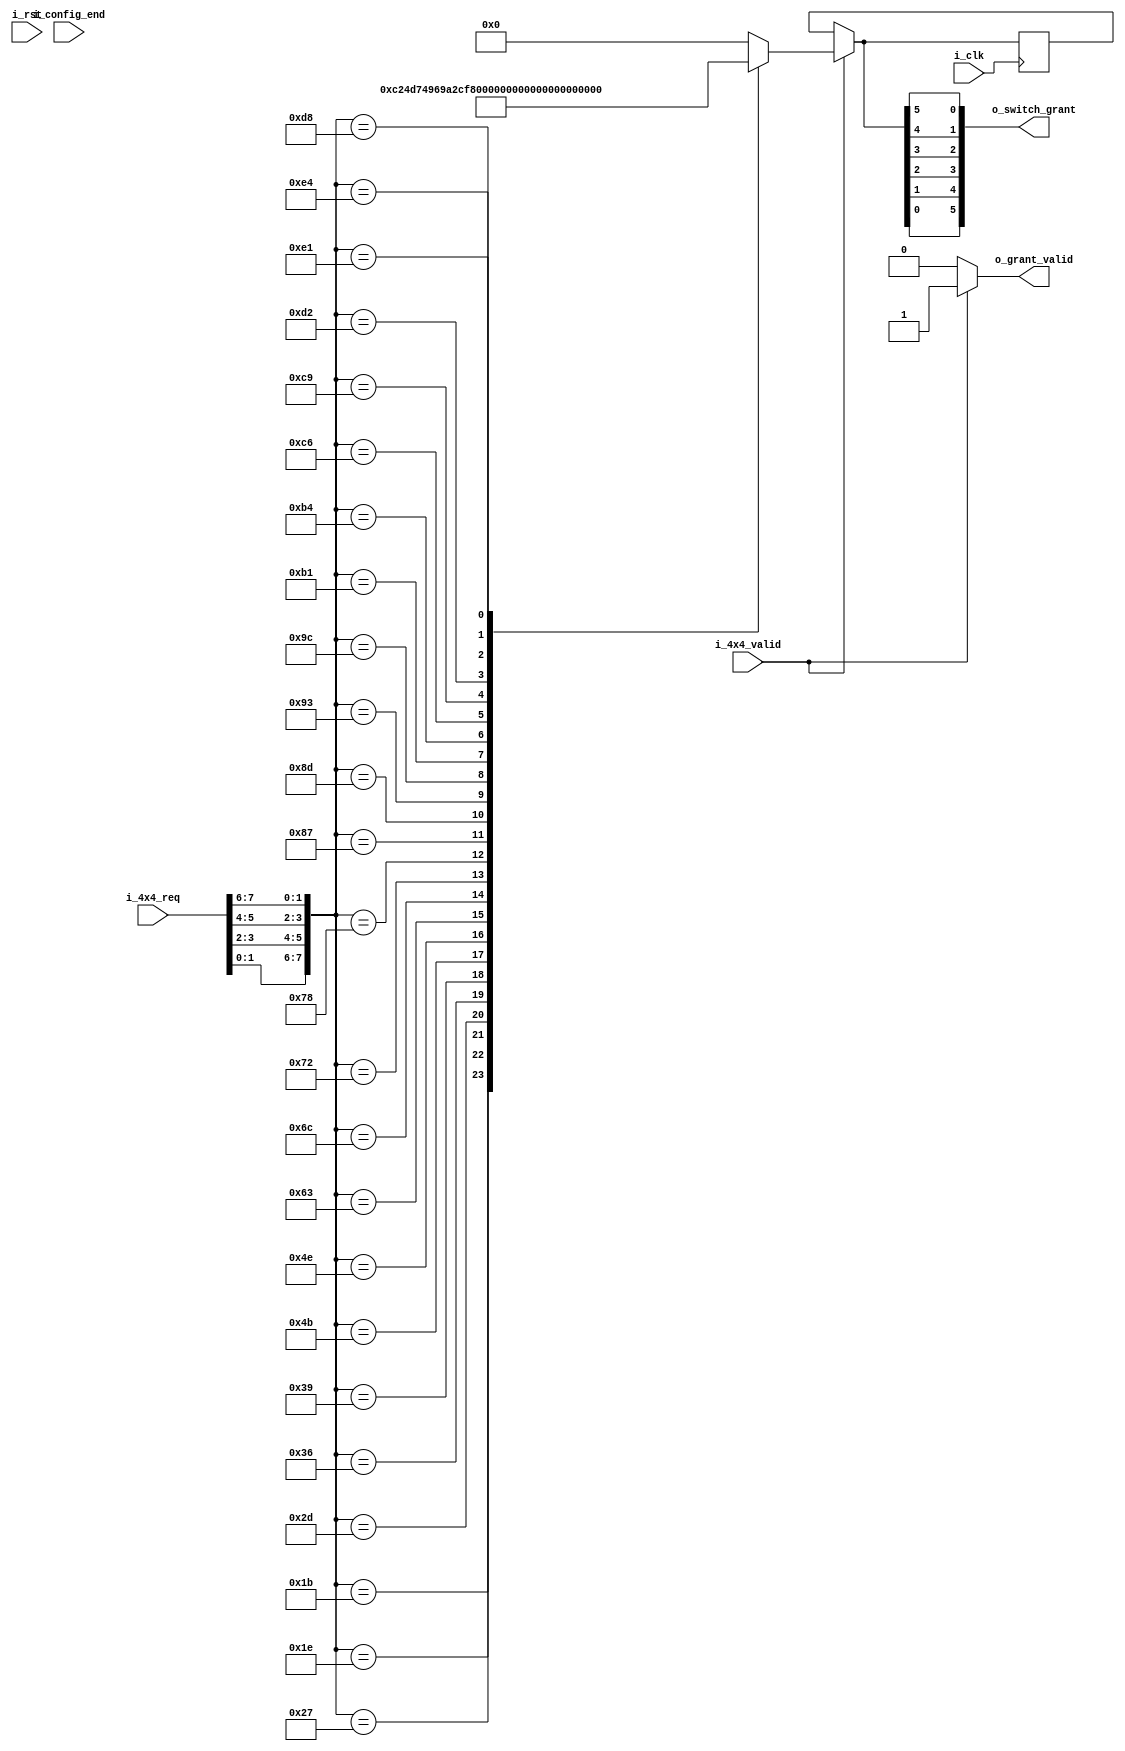
`timescale 1ns / 1ps
//////////////////////////////////////////////////////////////////////////////////
// Company: 
// Engineer: 
// 
// Design Name: 
// Module Name: Optical_4x4_module
// Project Name: 
// Target Devices: 
// Tool Versions: 
// Description: 
// 
// Dependencies: 
// 
// Revision:
// Revision 0.01 - File Created
// Additional Comments:
// 
//////////////////////////////////////////////////////////////////////////////////


module Optical_4x4ctrl_module#(
    parameter       P_BAR   =   1'b0,
    parameter       P_CROSS =   1'b1   
)(
    input           i_clk           ,
    input           i_rst           ,

    input  [7 :0]   i_4x4_req       ,
    input           i_4x4_valid     ,
    output [5 :0]   o_switch_grant  ,
    output          o_grant_valid   ,

    input           i_config_end   
);

reg         ro_grant_valid  ;
reg  [5 :0] ro_switch_grant ;
reg  [5 :0] ro_switch_grant_reg ;
wire [7 :0] w_4x4_req       ;  

assign o_switch_grant = {ro_switch_grant[0],ro_switch_grant[1],ro_switch_grant[2],ro_switch_grant[3],ro_switch_grant[4],ro_switch_grant[5]} ;
assign o_grant_valid  = i_4x4_valid ? 1'b1 : 1'b0  ;
//1i_4x4_req[1:0]
assign w_4x4_req = {i_4x4_req[1:0],i_4x4_req[3:2],i_4x4_req[5:4],i_4x4_req[7:6]};

always @(*)begin
    ro_switch_grant = 'd0;
    if(i_4x4_valid)
        case (w_4x4_req)
            {2'd0,2'd1,2'd2,2'd3}   :   ro_switch_grant = {P_BAR,P_BAR,P_BAR,P_BAR,P_CROSS,P_CROSS};//bbbbcc
            {2'd0,2'd1,2'd3,2'd2}   :   ro_switch_grant = {P_BAR,P_BAR,P_BAR,P_BAR,P_CROSS,P_BAR};//bbbbcb
            {2'd0,2'd2,2'd1,2'd3}   :   ro_switch_grant = {P_BAR,P_CROSS,P_BAR,P_BAR,P_CROSS,P_CROSS};//bcbbcc
            {2'd0,2'd2,2'd3,2'd1}   :   ro_switch_grant = {P_BAR,P_CROSS,P_BAR,P_CROSS,P_CROSS,P_CROSS};//bcbccc
            {2'd0,2'd3,2'd1,2'd2}   :   ro_switch_grant = {P_BAR,P_CROSS,P_BAR,P_BAR,P_CROSS,P_BAR};//bcbbcb
            {2'd0,2'd3,2'd2,2'd1}   :   ro_switch_grant = {P_BAR,P_CROSS,P_BAR,P_CROSS,P_CROSS,P_BAR};//bcbccb

            {2'd1,2'd0,2'd2,2'd3}   :   ro_switch_grant = {P_CROSS,P_BAR,P_BAR,P_CROSS,P_CROSS,P_BAR};//cbbccb
            {2'd1,2'd0,2'd3,2'd2}   :   ro_switch_grant = {P_CROSS,P_BAR,P_BAR,P_BAR,P_CROSS,P_BAR};//cbbbcb
            {2'd1,2'd2,2'd0,2'd3}   :   ro_switch_grant = {P_CROSS,P_CROSS,P_BAR,P_BAR,P_CROSS,P_CROSS};//ccbbcc
            {2'd1,2'd2,2'd3,2'd0}   :   ro_switch_grant = {P_CROSS,P_CROSS,P_BAR,P_CROSS,P_CROSS,P_CROSS};//ccbccc
            {2'd1,2'd3,2'd0,2'd2}   :   ro_switch_grant = {P_CROSS,P_CROSS,P_BAR,P_BAR,P_CROSS,P_BAR};//ccbbcb
            {2'd1,2'd3,2'd2,2'd0}   :   ro_switch_grant = {P_CROSS,P_CROSS,P_BAR,P_CROSS,P_CROSS,P_BAR};//ccbccb

            {2'd2,2'd0,2'd1,2'd3}   :   ro_switch_grant = {P_CROSS,P_BAR,P_CROSS,P_CROSS,P_CROSS,P_BAR};//cbcccb
            {2'd2,2'd0,2'd3,2'd1}   :   ro_switch_grant = {P_CROSS,P_BAR,P_CROSS,P_BAR,P_CROSS,P_BAR};//cbcbcb
            {2'd2,2'd1,2'd0,2'd3}   :   ro_switch_grant = {P_CROSS,P_CROSS,P_CROSS,P_BAR,P_BAR,P_BAR};//cccbbb
            {2'd2,2'd1,2'd3,2'd0}   :   ro_switch_grant = {P_CROSS,P_CROSS,P_CROSS,P_CROSS,P_BAR,P_BAR};//ccccbb
            {2'd2,2'd3,2'd0,2'd1}   :   ro_switch_grant = {P_CROSS,P_CROSS,P_CROSS,P_BAR,P_CROSS,P_BAR};//cccbcb
            {2'd2,2'd3,2'd1,2'd0}   :   ro_switch_grant = {P_CROSS,P_CROSS,P_CROSS,P_CROSS,P_CROSS,P_BAR};//cccccb

            {2'd3,2'd0,2'd1,2'd2}   :   ro_switch_grant = {P_CROSS,P_BAR,P_CROSS,P_CROSS,P_CROSS,P_CROSS};//cbcccc
            {2'd3,2'd0,2'd2,2'd1}   :   ro_switch_grant = {P_CROSS,P_BAR,P_CROSS,P_BAR,P_CROSS,P_CROSS};//cbcbcc
            {2'd3,2'd1,2'd0,2'd2}   :   ro_switch_grant = {P_CROSS,P_CROSS,P_CROSS,P_BAR,P_BAR,P_CROSS};//cccbbc
            {2'd3,2'd1,2'd2,2'd0}   :   ro_switch_grant = {P_CROSS,P_CROSS,P_CROSS,P_CROSS,P_BAR,P_CROSS};//ccccbc
            {2'd3,2'd2,2'd0,2'd1}   :   ro_switch_grant = {P_CROSS,P_CROSS,P_CROSS,P_BAR,P_CROSS,P_CROSS};//cccbcc
            {2'd3,2'd2,2'd1,2'd0}   :   ro_switch_grant = {P_CROSS,P_CROSS,P_CROSS,P_CROSS,P_CROSS,P_CROSS};//cccccc
        endcase
    else
        ro_switch_grant = ro_switch_grant_reg;


end

always @(posedge i_clk)begin
    ro_switch_grant_reg <= ro_switch_grant;
end

always @(*)begin
    ro_grant_valid = 'd0;
    if(i_4x4_valid)
        ro_grant_valid = 'd1;
end
endmodule